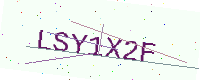
Text: LSY1X2F